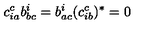
c _ { i a } ^ { c } b _ { b c } ^ { i } = b _ { a c } ^ { i } ( c _ { i b } ^ { c } ) ^ { * } = 0